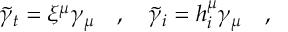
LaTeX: \tilde { \gamma } _ { t } = \xi ^ { \mu } \gamma _ { \mu } ~ ~ ~ , ~ ~ ~ \tilde { \gamma } _ { i } = h _ { i } ^ { \mu } \gamma _ { \mu } ~ ~ ~ ,